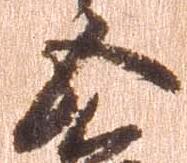
五